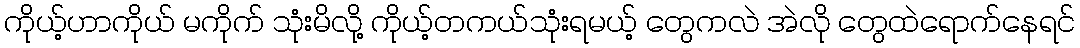
ကိုယ့်ဟာကိုယ် မကိုက် သုံးမိလို့ ကိုယ့်တကယ်သုံးရမယ့် တွေကလဲ အဲလို တွေထဲရောက်နေရင်